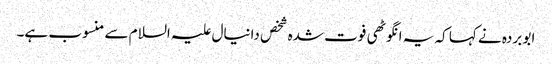
ابو بردہ نے کہا کہ یہ انگوٹھی فوت شدہ شخص دانیال علیہ السلام سے منسوب ہے۔